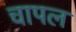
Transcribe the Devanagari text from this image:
चापल